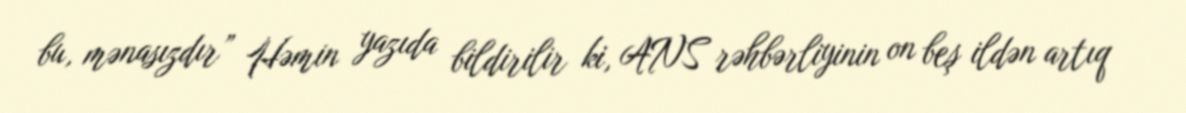
bu, mənasızdır” Həmin yazıda bildirilir ki, ANS rəhbərliyinin on beş ildən artıq